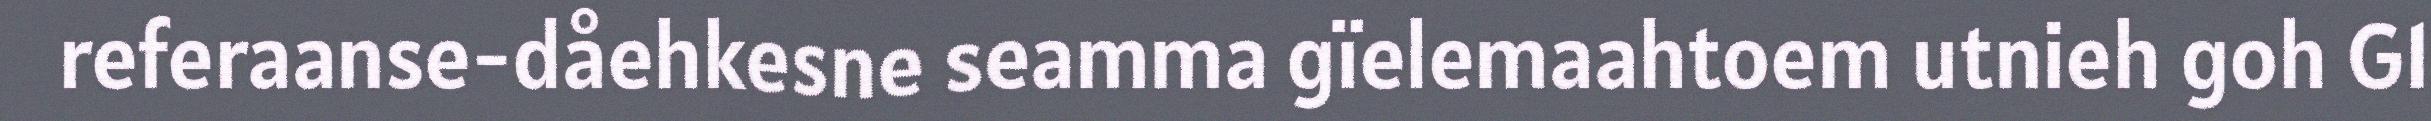
referaanse-dåehkesne seamma gïelemaahtoem utnieh goh G1